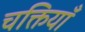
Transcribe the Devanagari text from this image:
चक्तियाँ